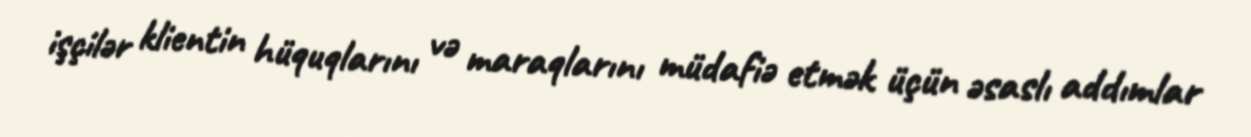
işçilər klientin hüquqlarını və maraqlarını müdafiə etmək üçün əsaslı addımlar